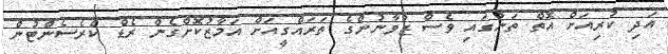
އަދި ކުރިއަށް އޮތް ތަނުގައި ވެސް ޒުވާނުންގެ ތަރައްގީއަށް އަމާޒުކޮށްގެން ރެޑް ކްރެސެންޓުން